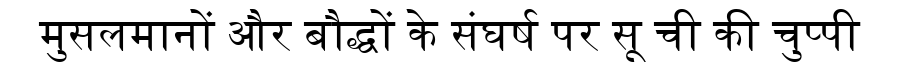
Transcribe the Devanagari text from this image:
मुसलमानों और बौद्धों के संघर्ष पर सू ची की चुप्पी